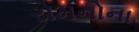
રોમનોના